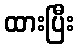
ထားပြီး